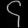
Digit: ၄